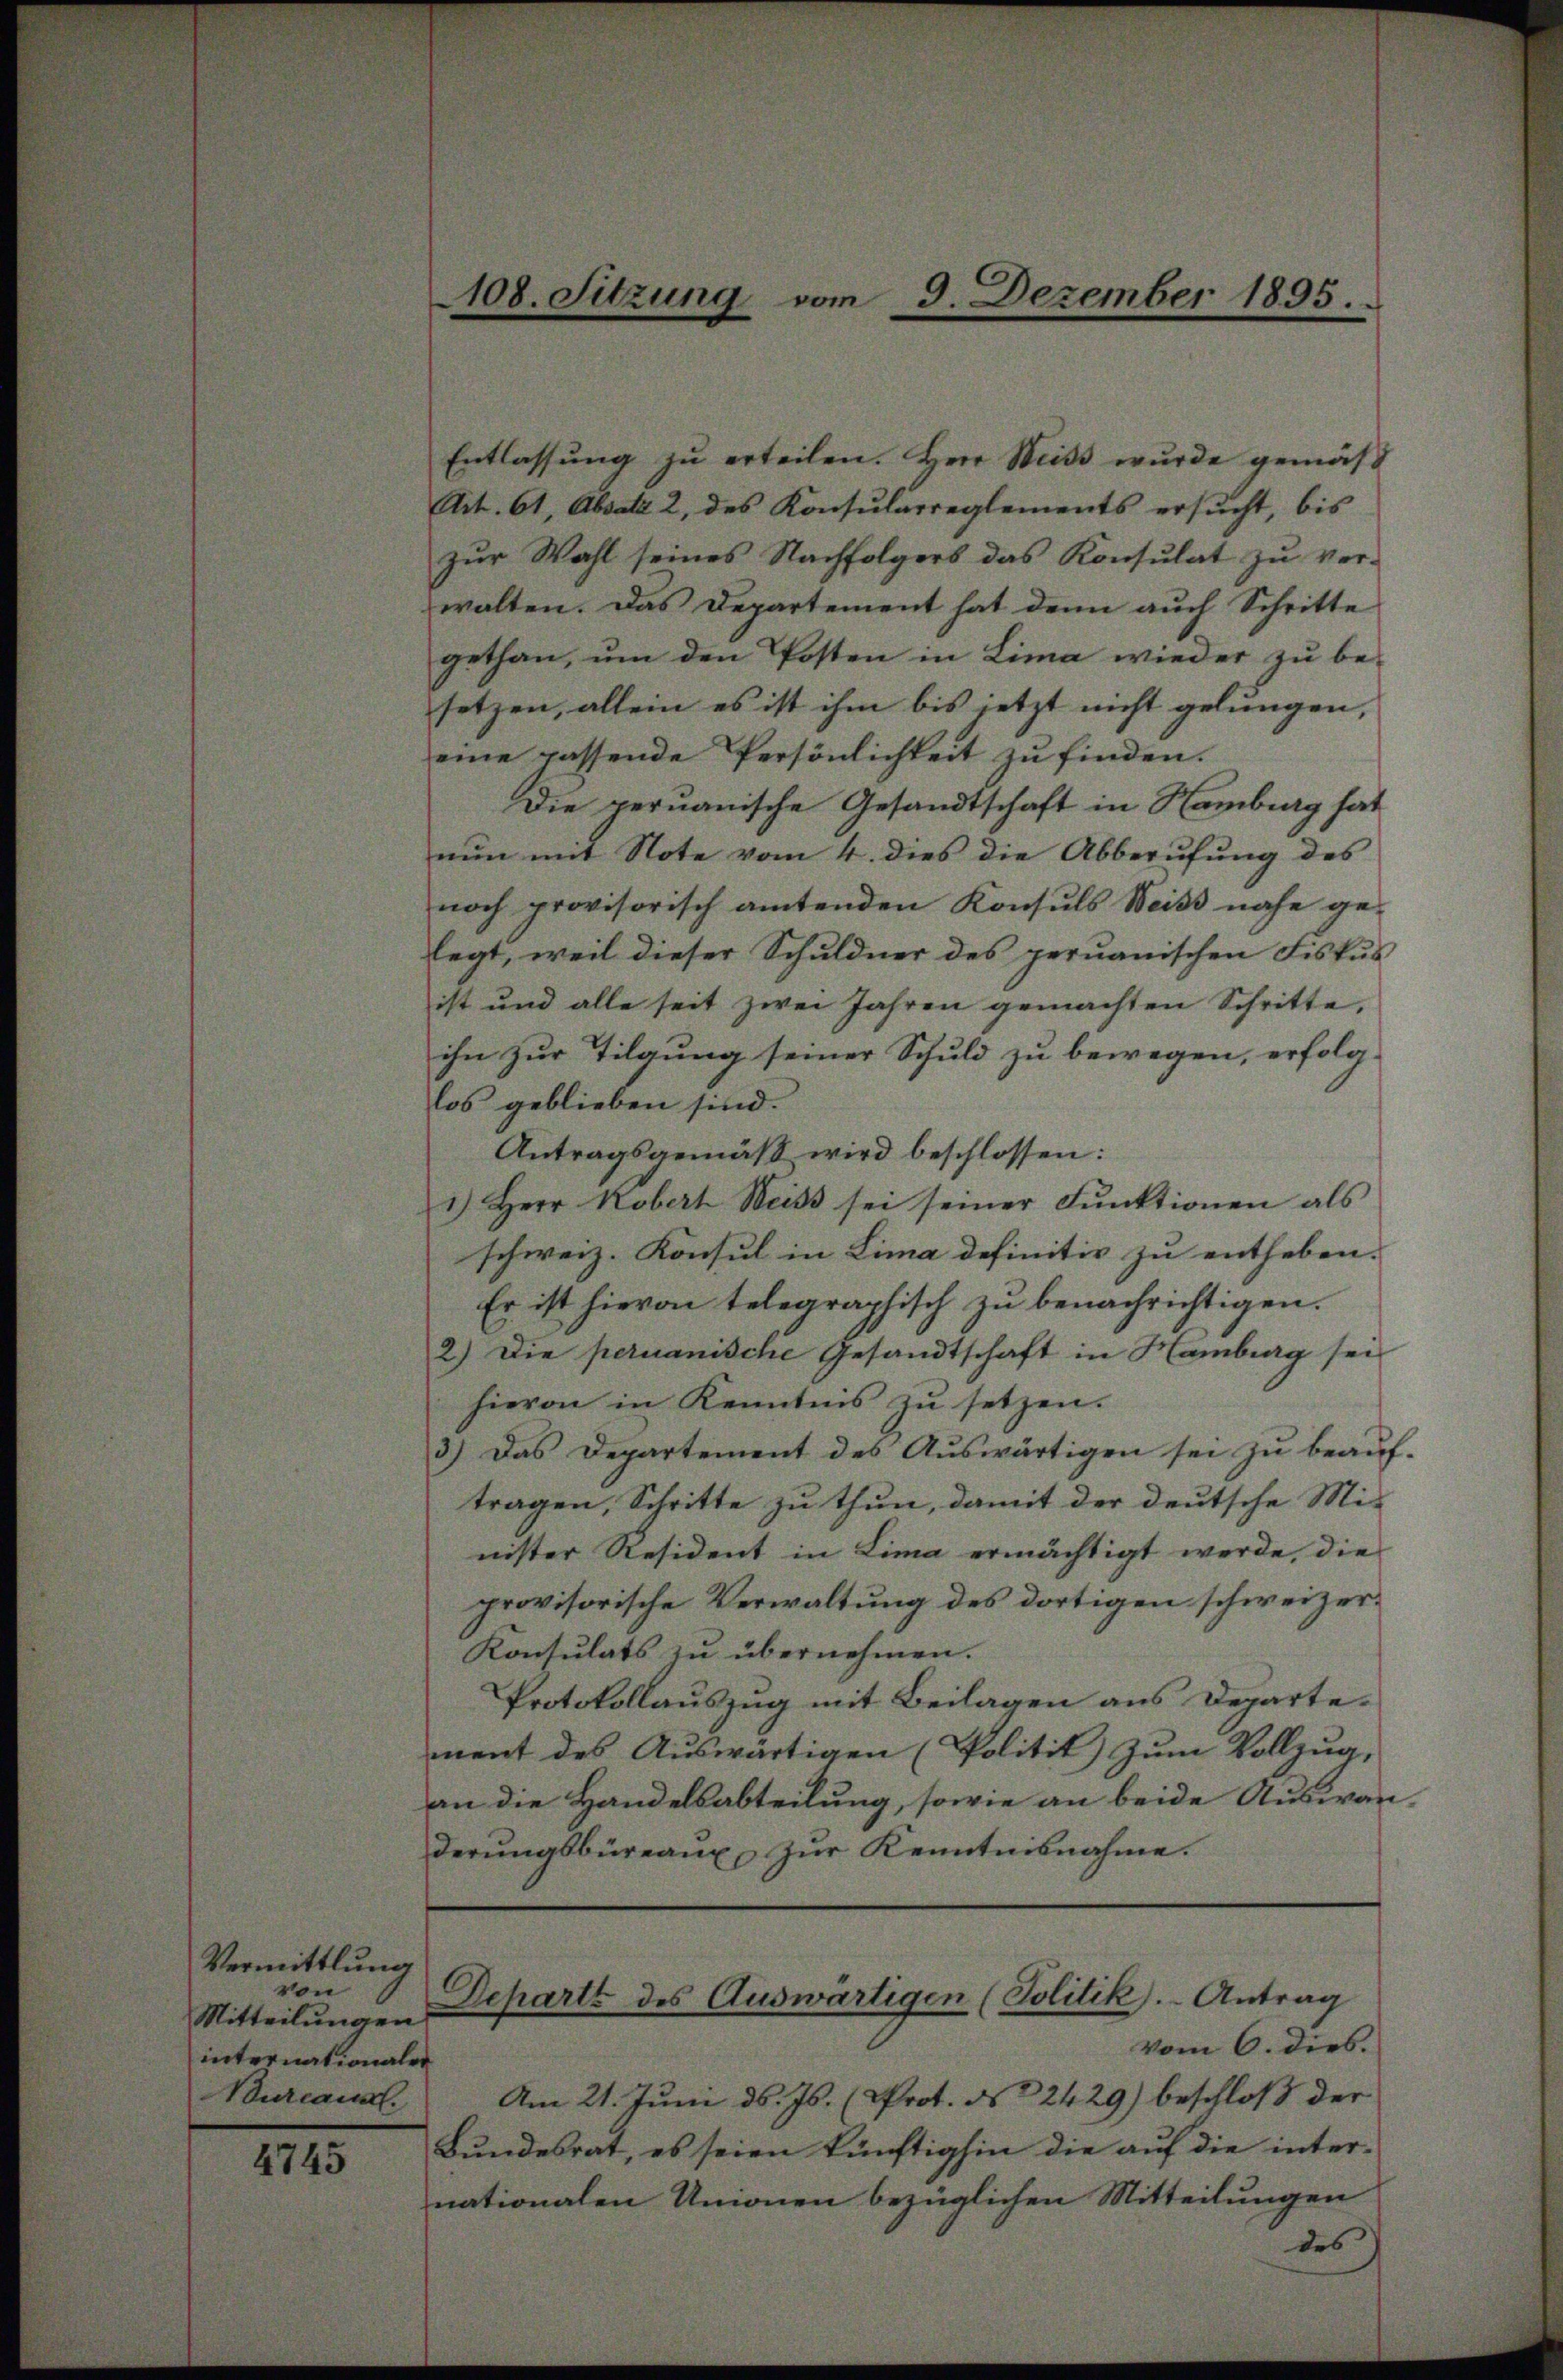
Vermittlung
von
Mitteilungen
internationalen
Bureau.

4745

108. Sitzung vom 3. Dezember 1895.

Entlassŭng zŭ erteilen. Herr Weiss wŭrde gemäβ
Art. 61, Absatz 2 des Konsularreglements ersŭcht, bis
zŭr Wahl seines Nachfolgers das Konsulat zŭ ver-
walten. Das Departement hat denn auch Schritte
gethan, ŭm den Posten in Lima wieder zu be-
setzen, allein es ist ihm bis jetzt nicht gelungen,
eine passende Persönlichkeit zu finden.
Die peruanische Gesandtschaft in Hamburg hat
nun mit Note vom 4. dies die Abberufung des
noch provisorisch amtenden Konsuls Weiss nahe ge-
legt, weil dieser Schuldner des peruanischen Fiskus
ist und alle seit zwei Jahren gemachten Schritte,
ihn zur Tilgung seiner Schuld zu bewegen, erfolg-
los geblieben sind.
Antragsgemäß wird beschlossen:
1.) Herr Robert Weiss sei seiner Funktionen als
schweiz. Konsul in Lima definitiv zu entheben. |
Es ist hievon telegraphisch zu benachrichtigen.
2) Die peruanische Gesandtschaft in Hamburg sei
hievon in Kenntnis zu setzen.
3.) Das Departement des Auswärtigen sei zu beauftragen, Schritte zu thun, damit der deutsche Mi-
nister Resident in Lima ermächtigt werde, die
provisorische Verwaltung des dortigen schweizer¬
Konsulats zŭ übernehmen.
Protokollauszug mit Beilagen aus Departement des Auswärtigen (Politik zum Vollzug,
an die Handelsabteilung, sowie an beide Auswan-
derŭngsbüreaŭ zŭr Kenntnisnahme.

Departe des Auswärtigen (Politik). Antrag

Am 21. Juni d. Js. (Prot. No 2429) beschloß der
Bundesrat, es seien künftighin die auf die inter-
nationalen Umonen bezüglichen Mitteilungen
des

vom 6. dies.